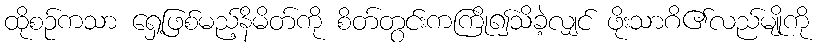
ထိုစဉ်ကသာ ရှေ့ဖြစ်မည့်နိမိတ်ကို စိတ်တွင်းကကြို၍သိခဲ့လျှင် ဖိုးသာဂိ၏လည်မျိုကို